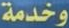
وخدمة